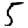
Digit: 5